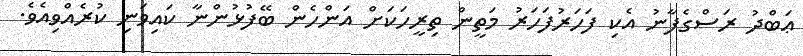
ޢަބްދު ރަސްގެފާނު އެކި ފަހަރުފަހަރު މަތީން ތިރީހަކަށް އަންހެން ބޭފުޅުންނާ ކައިވަނި ކުރެއްވިއެވެ.